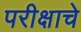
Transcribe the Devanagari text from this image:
परीक्षाचे